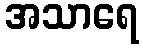
အသာရေ